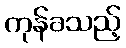
ကုန်ခသည့်